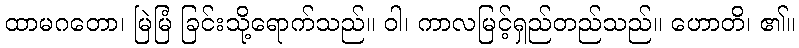
ထာမဂတော၊ မြဲမြံ ခြင်းသို့ရောက်သည်။ ဝါ၊ ကာလမြင့်ရှည်တည်သည်။ ဟောတိ၊ ၏။